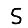
Digit: 5